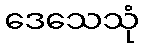
ဒေသေသုံ